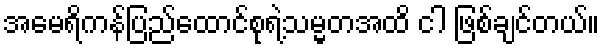
အမေရိကန်ပြည်ထောင်စုရဲ့သမ္မတအထိ ငါ ဖြစ်ချင်တယ်။